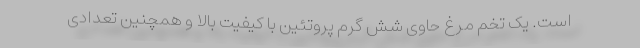
است. یک تخم مرغ حاوی شش گرم پروتئین با کیفیت بالا و همچنین تعدادی